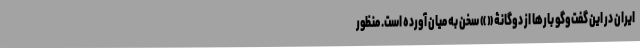
ایران در این گفت‌و‌گو بارها از دوگانۀ « » سخن به میان آورده است. منظور